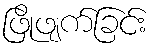
ဖြိုဖျက်ခြင်း